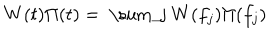
W ( t ) \Pi ( t ) = \mathrm { ~ \sum _ { j } ~ } W ( f _ { j } ) \Pi ( f _ { j } )